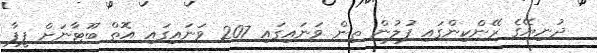
ދުނިޔޭގެ ރޭންކިންގައި ފުލުން ތިން ވަނައިގައި 207 ވަނައިގައި އޮތް ބޫޓާނަށް ފީފާ